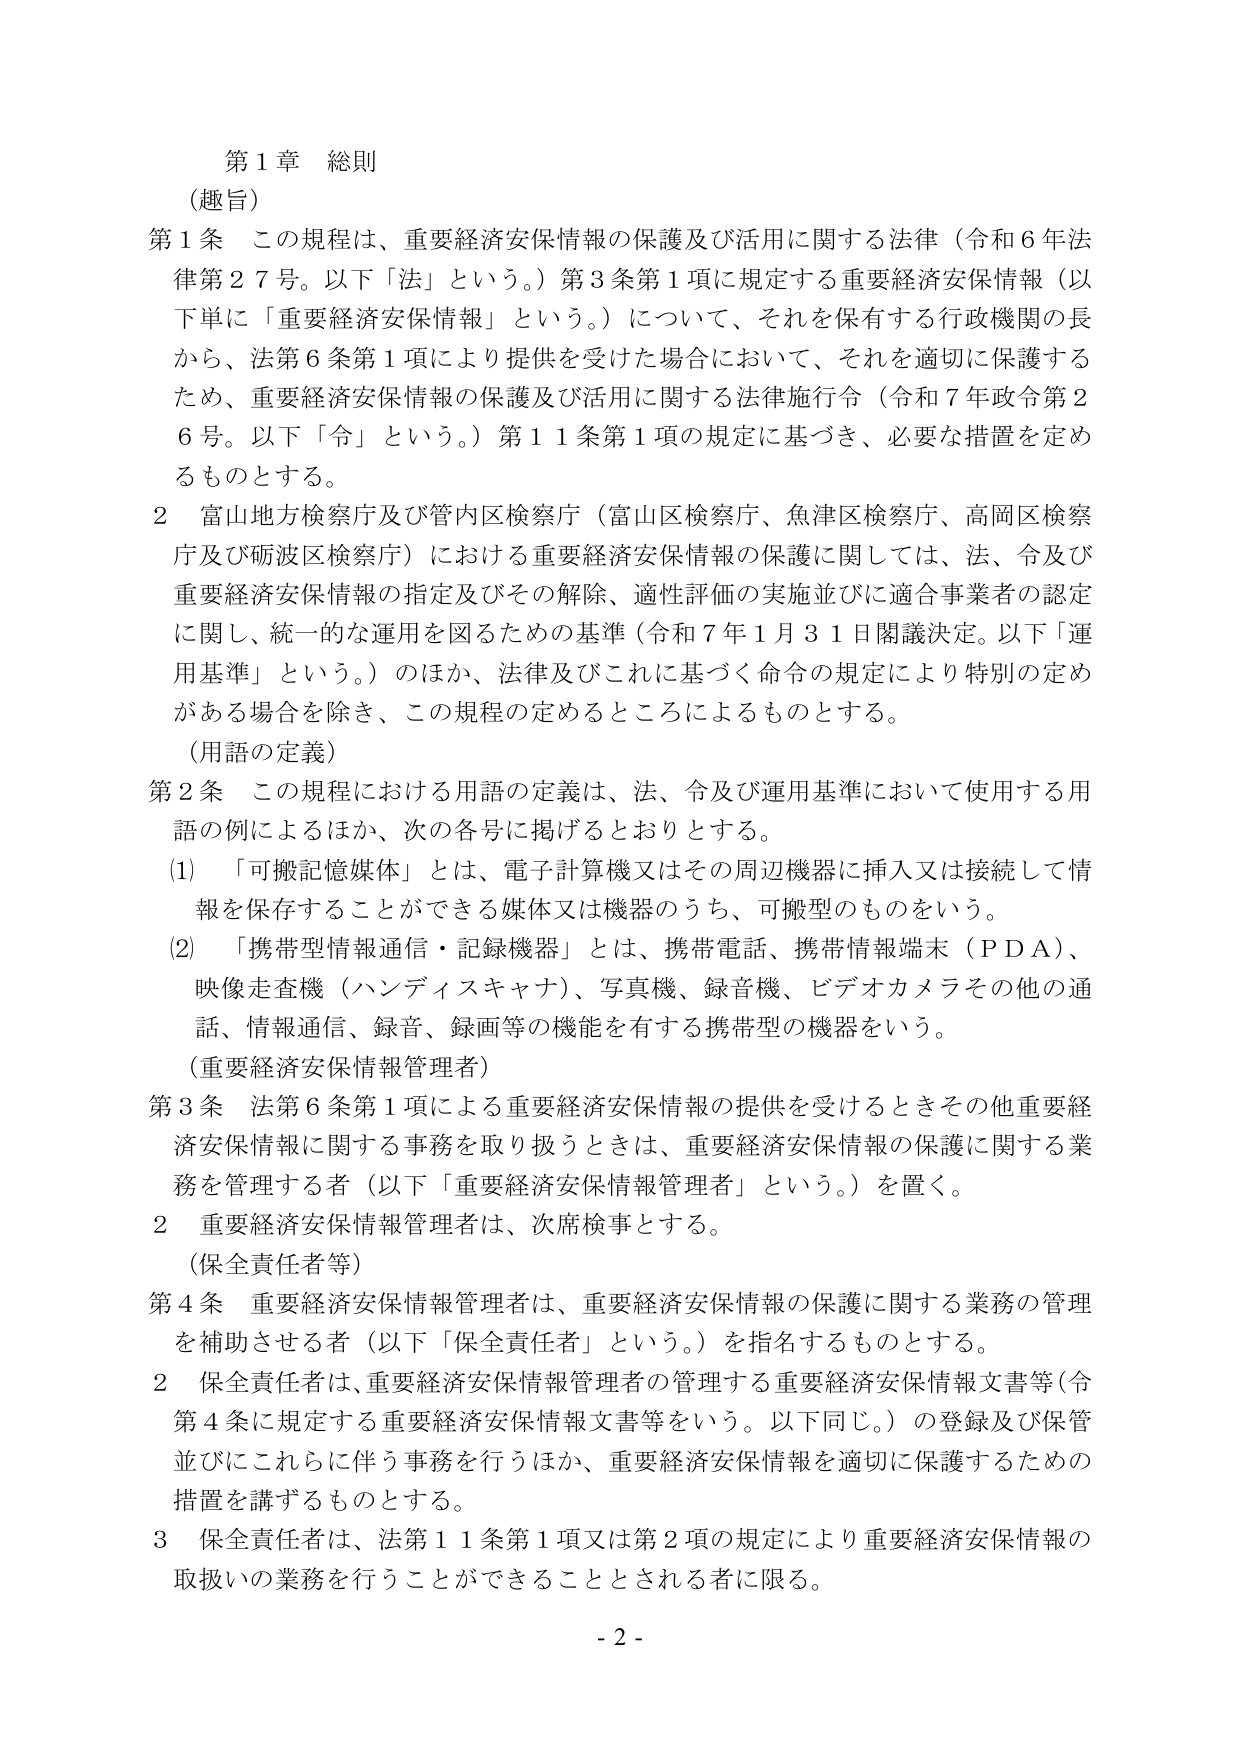
第１章 総則
（趣旨）
第１条 この規程は、重要経済安保情報の保護及び活用に関する法律（令和６年法律第２７号。以下「法」という。）第３条第１項に規定する重要経済安保情報（以下単に「重要経済安保情報」という。）について、それを保有する行政機関の長から、法第６条第１項により提供を受けた場合において、それを適切に保護するため、重要経済安保情報の保護及び活用に関する法律施行令（令和７年政令第２６号。以下「令」という。）第１１条第１項の規定に基づき、必要な措置を定めるものとする。
２ 富山地方検察庁及び管内区検察庁（富山区検察庁、魚津区検察庁、高岡区検察庁及び砺波区検察庁）における重要経済安保情報の保護に関しては、法、令及び重要経済安保情報の指定及びその解除、適性評価の実施並びに適合事業者の認定に関し、統一的な運用を図るための基準（令和７年１月３１日閣議決定。以下「運用基準」という。）のほか、法律及びこれに基づく命令の規定により特別の定めがある場合を除き、この規程の定めるところによるものとする。
（用語の定義）
第２条 この規程における用語の定義は、法、令及び運用基準において使用する用語の例によるほか、次の各号に掲げるとおりとする。
（1）「可搬記憶媒体」とは、電子計算機又はその周辺機器に挿入又は接続して情報を保存することができる媒体又は機器のうち、可搬型のものをいう。
（2）「携帯型情報通信・記録機器」とは、携帯電話、携帯情報端末（ＰＤＡ）、映像走査機（ハンディスキャナ）、写真機、録音機、ビデオカメラその他の通話、情報通信、録音、録画等の機能を有する携帯型の機器をいう。
（重要経済安保情報管理者）
第３条 法第６条第１項による重要経済安保情報の提供を受けるときその他重要経済安保情報に関する事務を取り扱うときは、重要経済安保情報の保護に関する業務を管理する者（以下「重要経済安保情報管理者」という。）を置く。
２ 重要経済安保情報管理者は、次席検事とする。
（保全責任者等）
第４条 重要経済安保情報管理者は、重要経済安保情報の保護に関する業務の管理を補助させる者（以下「保全責任者」という。）を指名するものとする。
２ 保全責任者は、重要経済安保情報管理者の管理する重要経済安保情報文書等（令第４条に規定する重要経済安保情報文書等をいう。以下同じ。）の登録及び保管並びにこれらに伴う事務を行うほか、重要経済安保情報を適切に保護するための措置を講ずるものとする。
３ 保全責任者は、法第１１条第１項又は第２項の規定により重要経済安保情報の取扱いの業務を行うことができる者とされる者に限る。
- 2 -